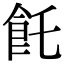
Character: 飥